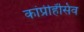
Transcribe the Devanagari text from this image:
कांप्रीहेंसिव